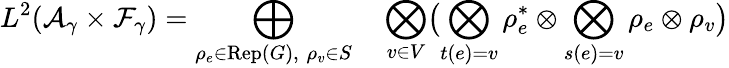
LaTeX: L^{2}({\cal A}_{\gamma}\times{\cal F}_{\gamma})=\bigoplus_{\rho_{e}\in\mathrm{Rep}(G),\; \rho_{v}\in S}\quad\bigotimes_{v\in V}\bigl(\bigotimes_{t(e)=v}\rho_{e}^{*}\otimes\bigotimes_{s(e)=v}\rho_{e}\otimes\rho_{v}\bigr)